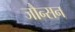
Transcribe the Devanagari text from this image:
जौन्सन